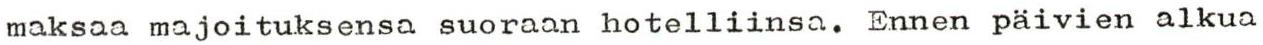
maksaa majoituksensa suoraan hotelliinsa. Ennen päivien alkua